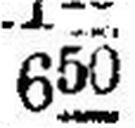
650